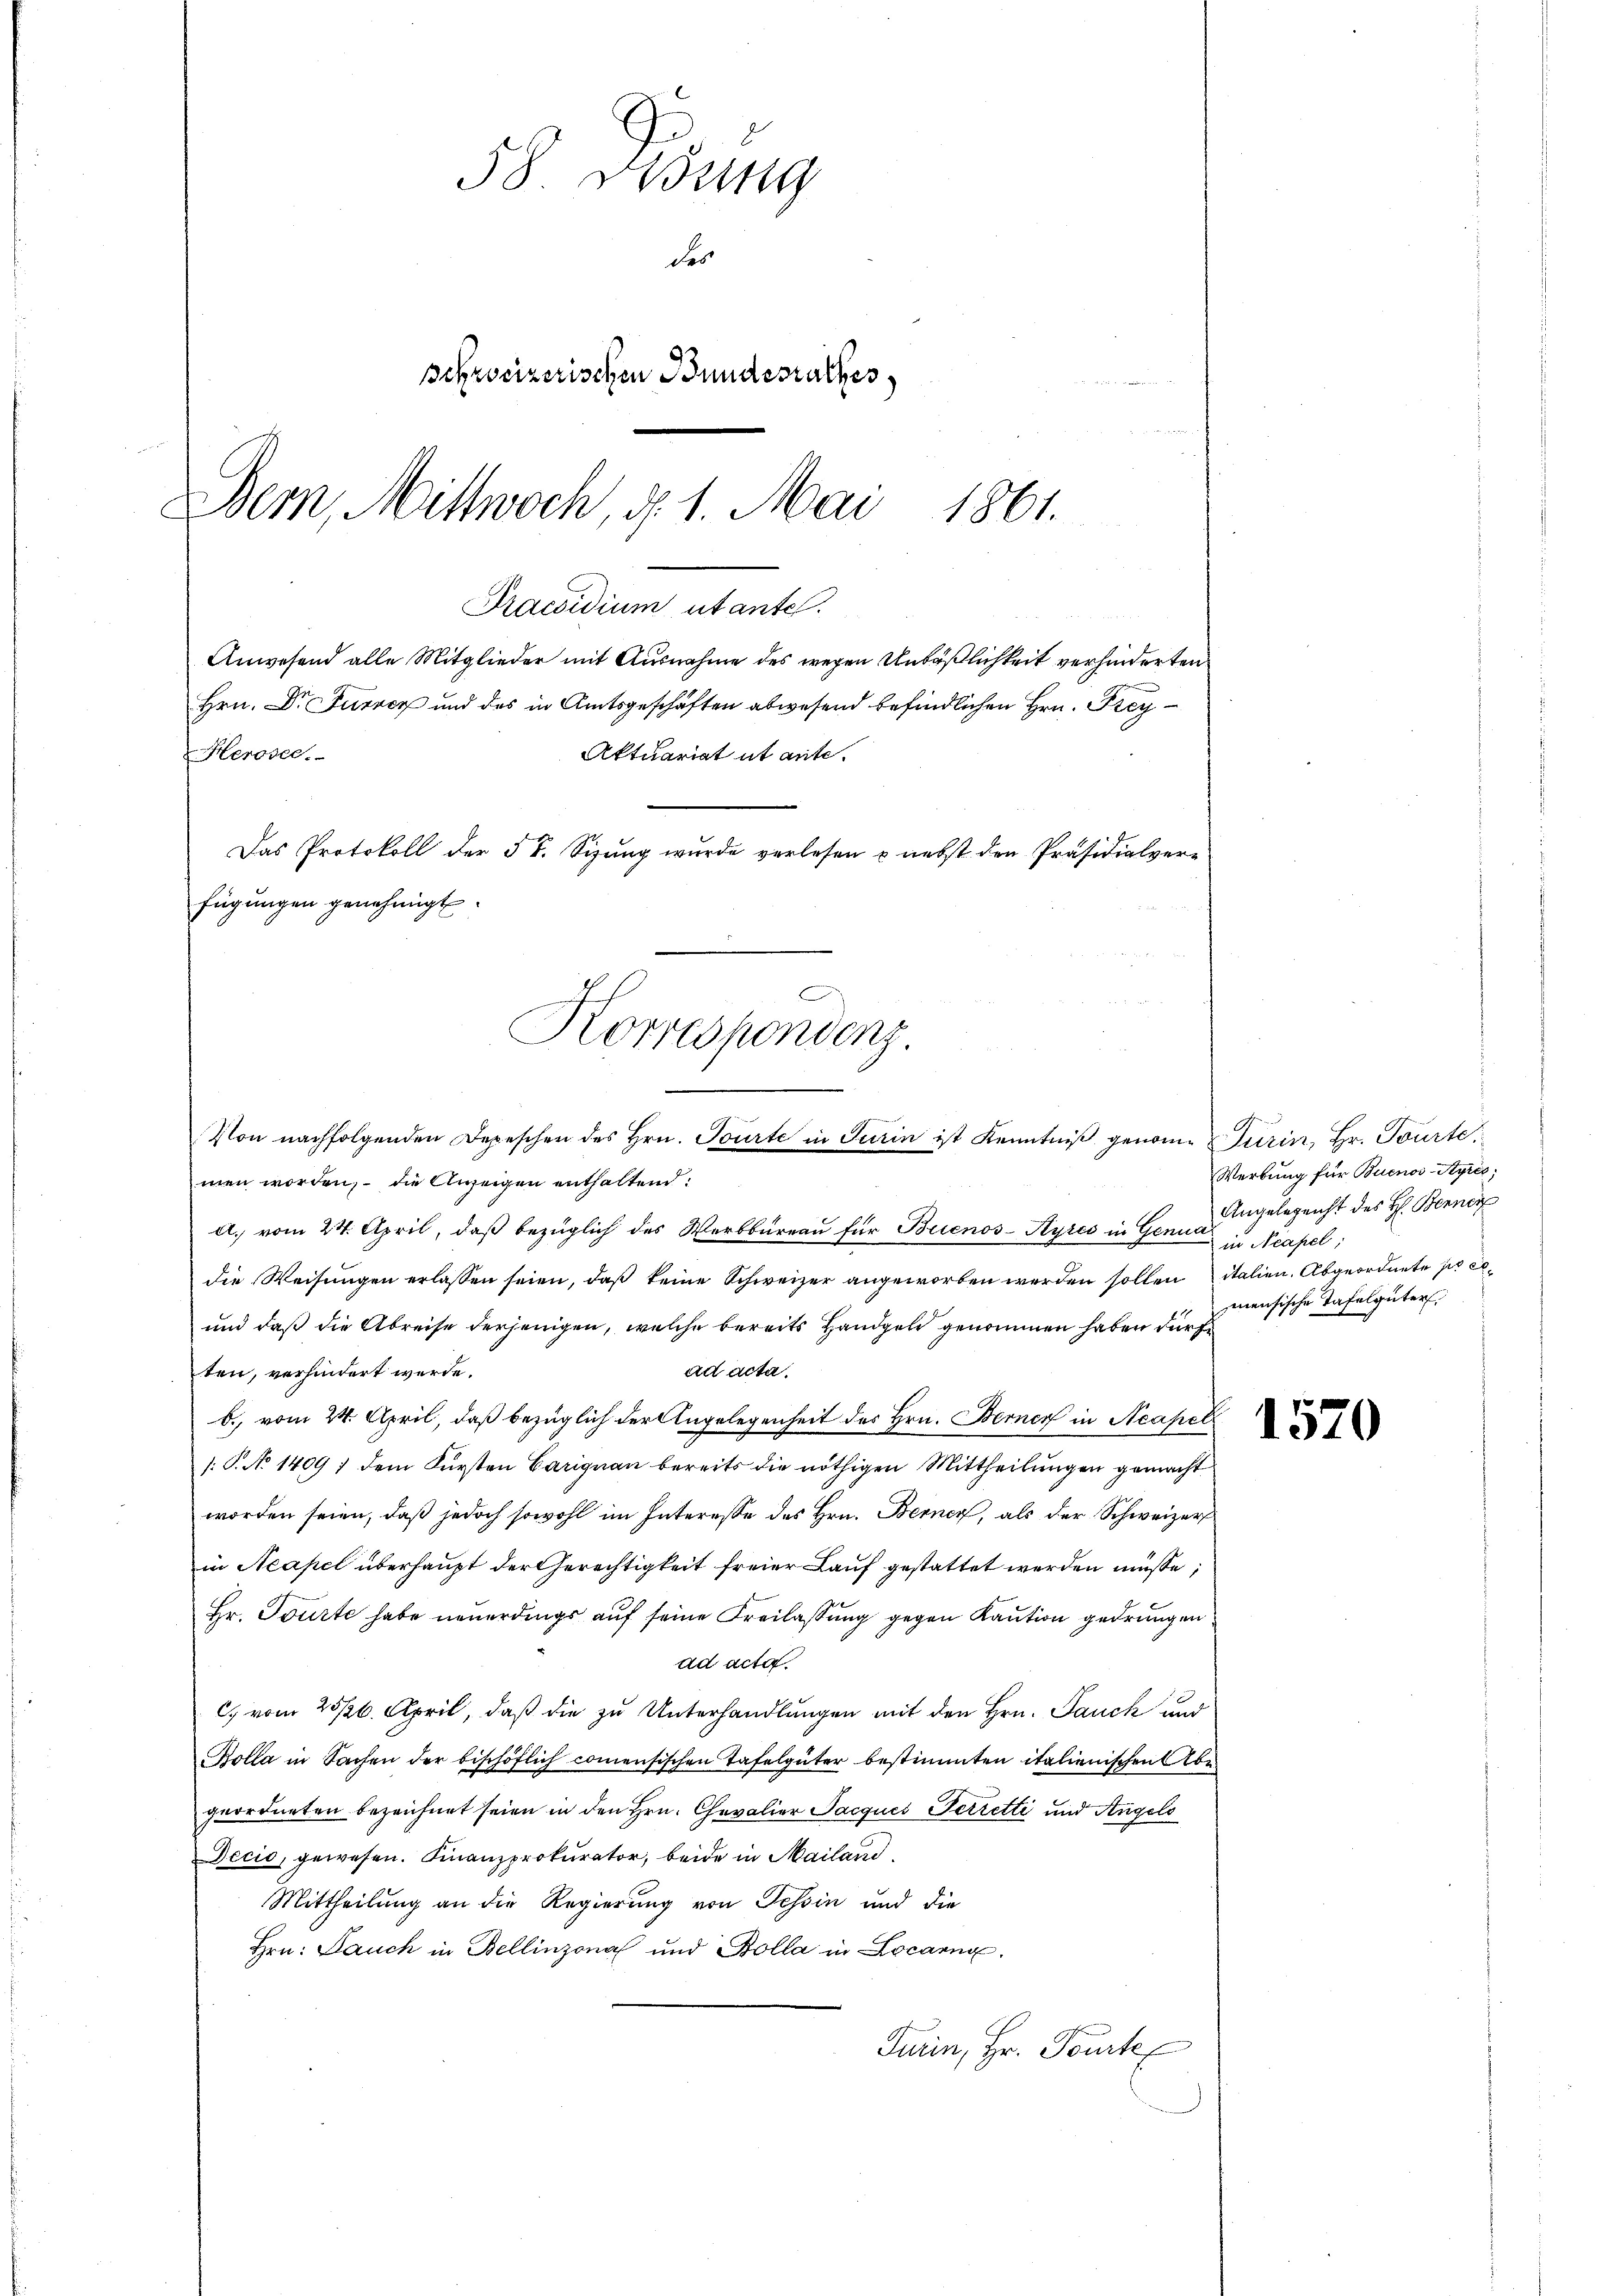
58 Disung
des
schweizerischen Bundesrathes
Bern, Mittwoch, d. 1. Mai
1861.

Praesidium utantel.
Anwesend alle Mitglieder mit Ausnahme des wegen Unbäßlichkeit verhinderten
Hrn. Dr Furren und des in Amtsgeschäften abwesend befindlichen Hrn. Frey¬
Heroser.
Aktuariat it ente.
Das Protokoll der 5 t. Sizung wurde verlesen & nebst den Präsidialverfügungen genehmigt.
F
Korrespondenz.
.

Von nachfolgenden Depeschen des Hrn. Tourte in Turin ist Kenntniß genom-Turin, Hr. Tourte
men worden, – die Anzeigen enthaltend:
a.) vom 24. April, daß bezüglich des Werbbüreau für Buenos-Ayres in Genua in Neapel
die Weisŭngen erlassen seien, daß keine Schweizer angeworben werden sollen italien. Abgeordnete pree¬
und daß die Abreise derjenigen, welche bereits Handgeld genommen haben dürf
ad acta.
ten, verhindert werde.
b. vom 24. April, daß bezüglich der Angelegenheit des Hrn. Berner in Neapel
/. P. No 1409 / dem Fürsten Carignau bereits die nöthigen Mittheilungen gemacht
worden seien, daß jedoch sowohl im Interesse des Hrn. Berner, als der Schweizer
in Neapel überhaupt der Gerechtigkeit freier Lauf gestattet werden müsse;
Hr. Tourte habe neuerdings auf seine Freilassung gegen Kaution gedrungen
ad acta.
C. vom 25/26. April, daß die zu Unterhandlungen mit den Hrn. Jauch und
Kolla in Sachen der bischöflich commensischen Tafelgüter bestimmten italienischen Abe
geordneten bezeichnet seien in den Hrn. Chevalier Jacques Perretti und Angelo
Decio, gewesen. Finanzprokurator, beide in Mailand¬
Mittheilung an die Regierung von Tessin und die
Hrn. Lauch in Bellinzona und Bolla in Locarna
Turin, Hr. Pourte

Werbung für Buenos-Ayres;
Angelegenht des H: Benner
meusische Tafelgüter

152

¬